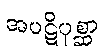
အပဋိပုစ္ဆာ